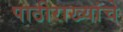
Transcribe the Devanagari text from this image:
पाठीराख्यांचे